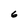
Character: 6